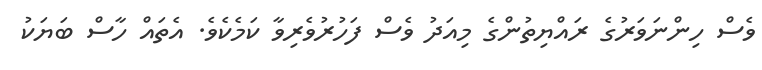
ވެސް ހިންނަވަރުގެ ރައްޔިތުންގެ މިއަދު ވެސް ފަހުރުވެރިވާ ކަމެކެވެ. އެތައް ހާސް ބަޔަކު